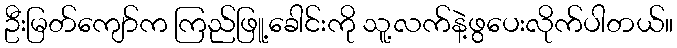
ဦးမြတ်ကျော်က ကြည်ဖြူ့ခေါင်းကို သူ့လက်နဲ့ဖွပေးလိုက်ပါတယ်။